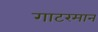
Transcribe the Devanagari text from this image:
गाटरमान